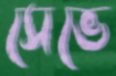
সেভে